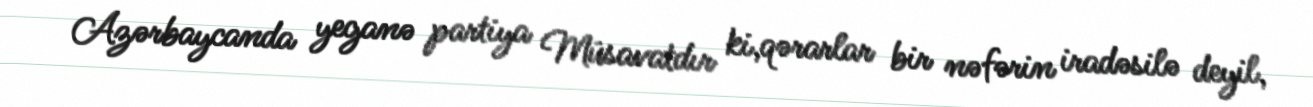
Azərbaycanda yeganə partiya Müsavatdır ki,qərarlar bir nəfərin iradəsilə deyil,